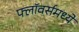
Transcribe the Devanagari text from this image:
फ्लॉवर्समध्ये